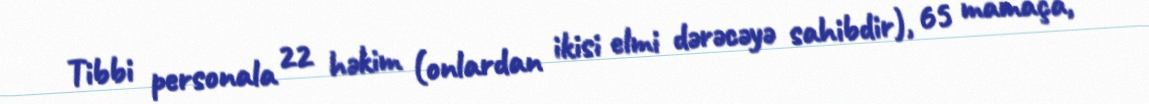
Tibbi personala 22 həkim (onlardan ikisi elmi dərəcəyə sahibdir), 65 mamaça,